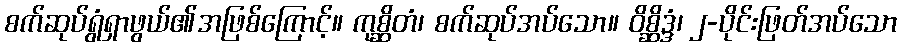
စက်ဆုပ်ရွံရှာဖွယ်၏အဖြစ်ကြောင့်။ ကုစ္ဆိတံ၊ စက်ဆုပ်အပ်သော။ ဝိစ္ဆိဒ္ဒံ၊ ၂-ပိုင်းဖြတ်အပ်သော